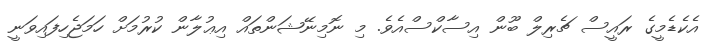
އެކެޑެމީގެ ރައީސް ޗެރިލް ބޫން އިސާކްސްއެވެ. މި ނޮމިނޭޝަންތައް އިޢުލާން ކުރުމަށް ހަމަޖެހިފައިވަނީ